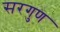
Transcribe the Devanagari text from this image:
सरगुण